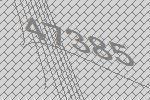
47385